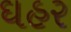
ઘહર